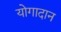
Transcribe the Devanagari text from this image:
योगादान